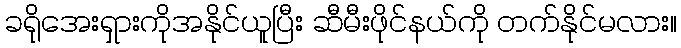
ခရိုအေးရှားကိုအနိုင်ယူပြီး ဆီမီးဖိုင်နယ်ကို တက်နိုင်မလား။